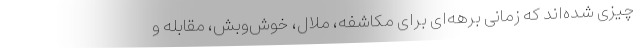
چیزی شده‌اند که زمانی برهه‌ای برای مکاشفه، ملال، خوش‌وبش، مقابله و